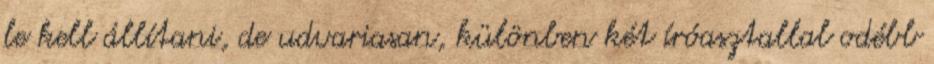
le kell állítani, de udvariasan, különben két íróasztallal odébb